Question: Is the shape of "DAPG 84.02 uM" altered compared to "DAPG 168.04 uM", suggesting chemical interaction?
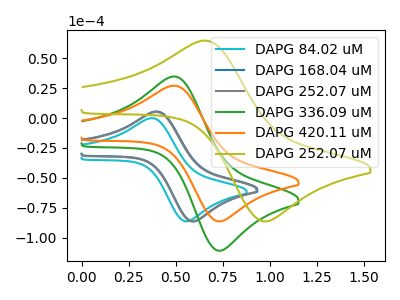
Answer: <think>The cyan curve "DAPG 84.02 uM" has an anodic peak at (0.35V, -0.10uA) and a cathodic peak at (0.55V, -86.35uA). The blue curve "DAPG 168.04 uM" has an anodic peak at (0.40V, 5.50uA) and a cathodic peak at (0.60V, -86.35uA). The gray curve "DAPG 252.07 uM" has an anodic peak at (0.40V, 5.10uA) and a cathodic peak at (0.60V, -86.35uA). The green curve "DAPG 336.09 uM" has an anodic peak at (0.50V, 34.70uA) and a cathodic peak at (0.75V, -110.85uA). The orange curve "DAPG 420.11 uM" has an anodic peak at (0.50V, 27.05uA) and a cathodic peak at (0.75V, -86.35uA). The olive curve "DAPG 252.07 uM" has an anodic peak at (0.65V, 64.65uA) and a cathodic peak at (1.00V, -86.35uA).
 All the peaks in "DAPG 84.02 uM" have a peak in "DAPG 168.04 uM" at the same potential.</think>
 <answer>No, "DAPG 84.02 uM" and "DAPG 168.04 uM" don't appear to be significantly different in shape</answer>
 <eval>no_change</eval>